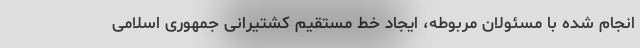
انجام شده با مسئولان مربوطه، ایجاد خط مستقیم کشتیرانی جمهوری اسلامی